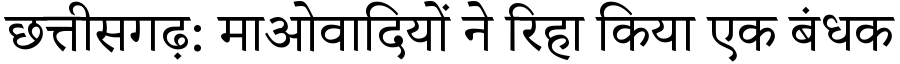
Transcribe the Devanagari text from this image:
छत्तीसगढ़: माओवादियों ने रिहा किया एक बंधक